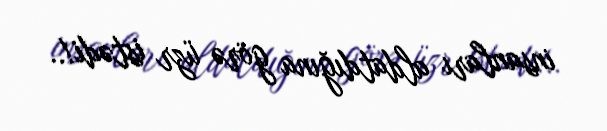
insanları aldatdığına görə üzr istədi!..